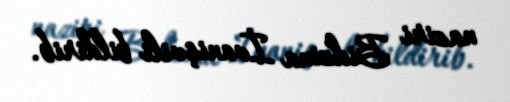
naziri Bidzina İvanişvili bildirib.